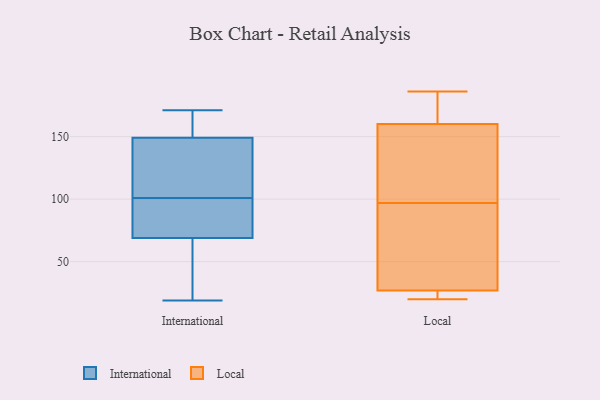
{"axis": {"x": "Shipments", "y": "Value"}, "legend": ["International", "Local"], "data": [{"x": "", "y": 102, "type": "International"}, {"x": "", "y": 84, "type": "International"}, {"x": "", "y": 23, "type": "International"}, {"x": "", "y": 19, "type": "International"}, {"x": "", "y": 100, "type": "International"}, {"x": "", "y": 171, "type": "International"}, {"x": "", "y": 69, "type": "International"}, {"x": "", "y": 160, "type": "International"}, {"x": "", "y": 110, "type": "International"}, {"x": "", "y": 149, "type": "International"}, {"x": "", "y": 186, "type": "Local"}, {"x": "", "y": 70, "type": "Local"}, {"x": "", "y": 27, "type": "Local"}, {"x": "", "y": 21, "type": "Local"}, {"x": "", "y": 119, "type": "Local"}, {"x": "", "y": 21, "type": "Local"}, {"x": "", "y": 75, "type": "Local"}, {"x": "", "y": 23, "type": "Local"}, {"x": "", "y": 176, "type": "Local"}, {"x": "", "y": 39, "type": "Local"}, {"x": "", "y": 182, "type": "Local"}, {"x": "", "y": 177, "type": "Local"}, {"x": "", "y": 119, "type": "Local"}, {"x": "", "y": 20, "type": "Local"}, {"x": "", "y": 133, "type": "Local"}, {"x": "", "y": 160, "type": "Local"}, {"x": "", "y": 121, "type": "Local"}, {"x": "", "y": 72, "type": "Local"}]}